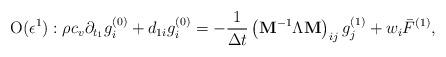
LaTeX: \begin{align*}{\rm O}(\epsilon ^1):\rho c_v\partial_ {t_1}g_i^{(0)}+d_{1i}g_i^{(0)}=-\frac{1}{\Delta t} \left({{{\bf{ M}}}}^{-1}{\Lambda}{{{\bf{ M}}}}\right)_{ij} g_j^{(1)} + {{w}_i \bar F^{(1)}},\end{align*}